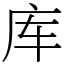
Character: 库